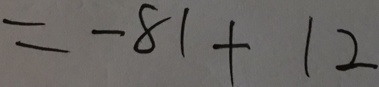
= - 8 1 + 1 2